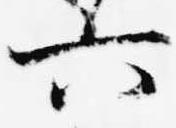
六